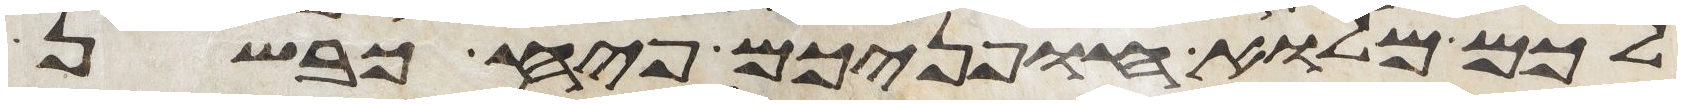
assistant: לכם מלוא חפניכם פיח כבשן